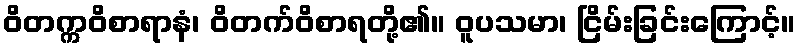
ဝိတက္ကဝိစာရာနံ၊ ဝိတက်ဝိစာရတို့၏။ ဝူပသမာ၊ ငြိမ်းခြင်းကြောင့်။